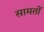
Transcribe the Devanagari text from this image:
सामतों